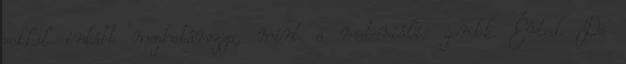
sokkal inkább meghatározza, mint a materiális gondok. Érted. De